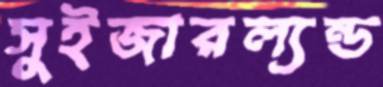
সুইজারল্যন্ড